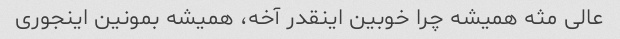
عالی مثه همیشه چرا خوبین اینقدر آخه، همیشه بمونین اینجوری